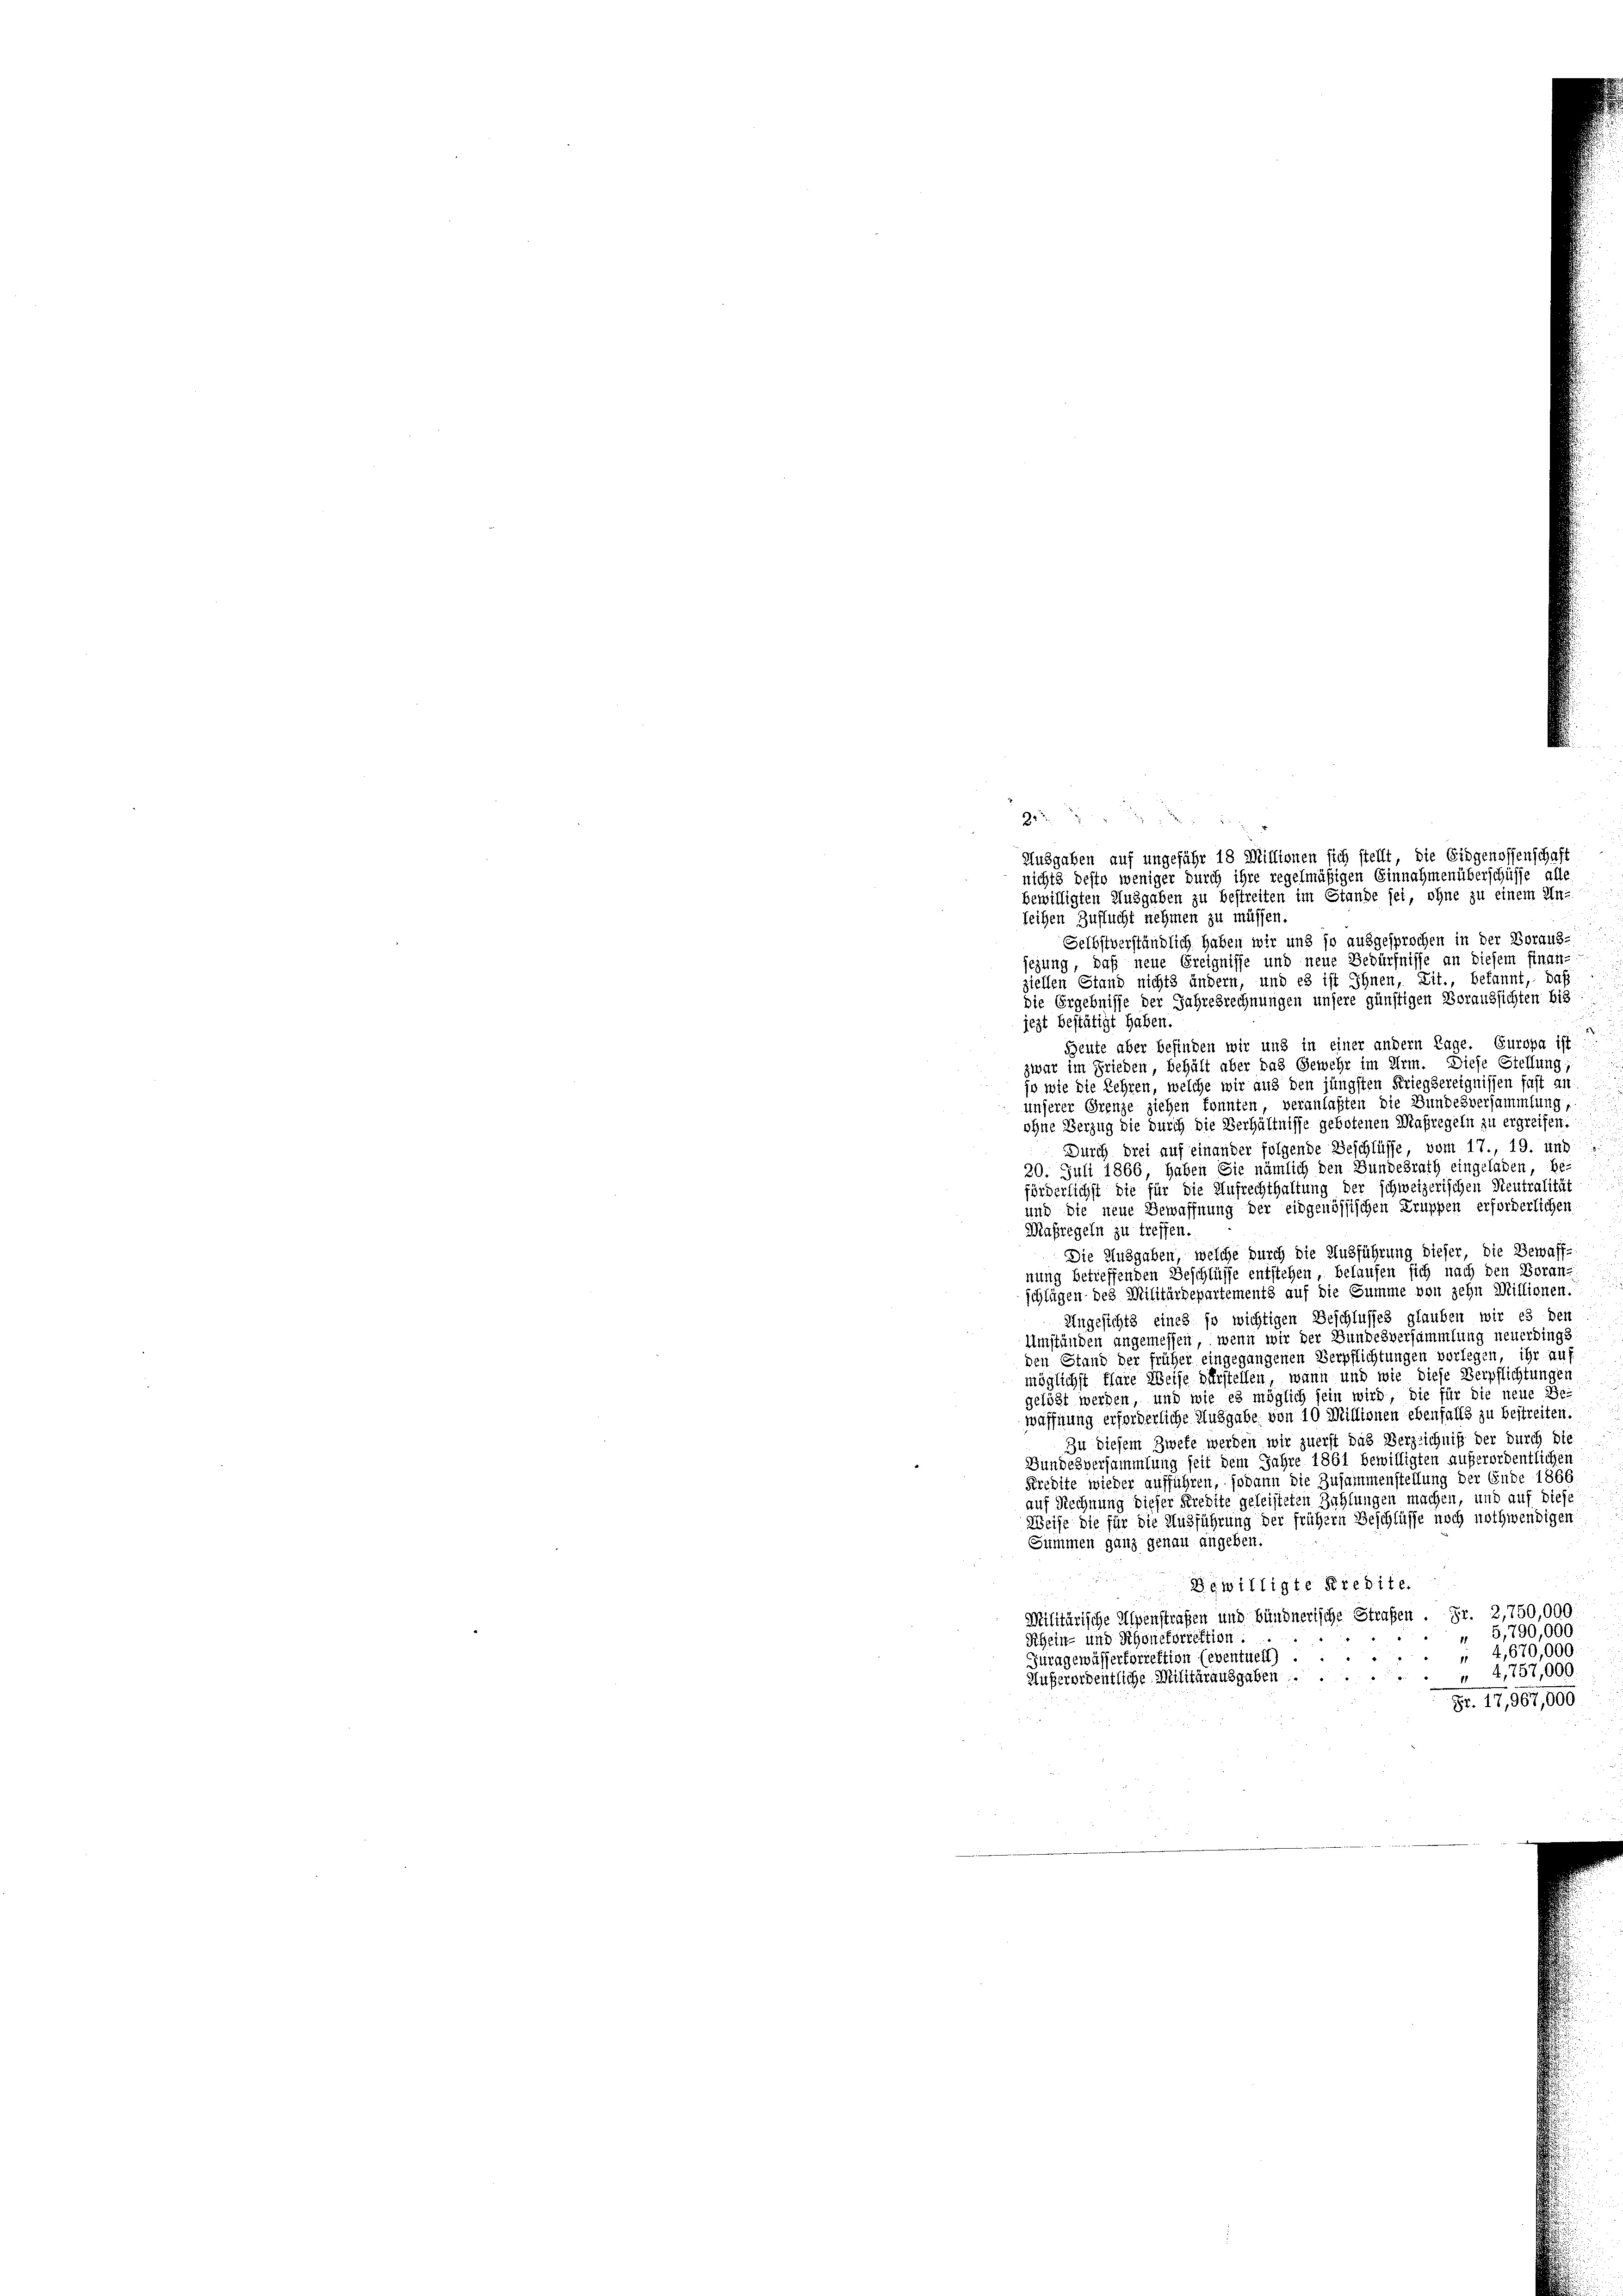
2
Ausgaben auf ungefähr 18 Missionen sich stellt, die Eidgenossenschaft
nichts desto weniger durch ihre regelmäßigen Einnahmenüberschüsse alle
bewilligten Ausgaben zu bestreiten im Stande sei, ohne zu einem Un-
leihen Zuflucht nehmen zu müssen.
Selbstverständlich haben wir und so ausgesprochen in der Voraus-
jegung, daß neue Ereignisse und neue Bedürfnisse an diesem Finan-
ziellen Stand nichts ändern, und es ist Ihnen, Zit., bekannt, daß
die Ergebnisse der Jahresrechnungen unsere günstigen Voraussichten bis
jezt bestätigt haben
Beute aber befinden wir und in einer andern Lage. Europa ist
zwar im Frieden, behält aber das Gewehr im Arm. Diese Stellung,
jo wie die Lehren, welche wir aus den jüngsten Kriegsereignissen fast an:
unserer Grenze ziehen konnten, veranlaßten die Bundesversammlung,
ohne Verzug die durch die Verhältnisse gebotenen Maßregeln zu ergreifen.
Durch drei auf einander folgende Beschlüsse, vom 17., 19. und
20. Juli 1866, haben Sie nämlich den Bundesrath eingeladen, be-
förderlichst die für die Aufrechthaltung der schweizerischen Neutralität
und die neue Bewaffnung der eidgenössischen Truppen erforderlichen
Maßregeln zu treffen.
Die Ausgaben, welche durch die Ausführung dieser, die Bewaffnung betreffenden Beschlüsse entstehen, belaufen sich nach den Voran-
schlägen des Militärdepartements auf die Summe von zehn Millionen.
Ungesichts eines so wichtigen Beschlusses glauben wir es den
Umständen angemessen, wenn wir der Bundesversammlung neuerdings
den Stand der früher eingegangenen Verpflichtungen vorlegen, ihr auf
möglichst klare Weise durstellen, wann und wie diese Verpflichtungen
gelöst werden, und wie es möglich fein wird, die für die neue Bewaffnung erforderliche Ausgabe von 10 Millionen ebenfalls zu bestreiten.
Zu diesem Zweke werden wir zuerst das Verzeichniß der durch die
Gundesversammlung seit dem Jahre 1861 bewilligten außerordentlichen
Kredite wieder aufführen, sodann die Zusammenstellung der Ende 1866.
auf Rechnung dieser Kredite geleisteten Zahlungen machen, und auf diese
Weise die für die Ausführung der frühern Beschlüsse noch nothwendigen
Summen ganz genau angeben.
Bewilligte Kredite.
Militärische Alpenstrafen und Bündnerische Strafen. Fr. 2,750,000.
" 5,790,000
Rhein- und Schonetorrektion.
 4,670,000
Juragewässertorrektion (eventuell)
Außerordentliche Militärausgaben. „ 4,757,000.
Fr. 17,967,000